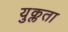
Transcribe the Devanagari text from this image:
युक्लता